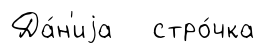
Да́н'иjа стро́чка